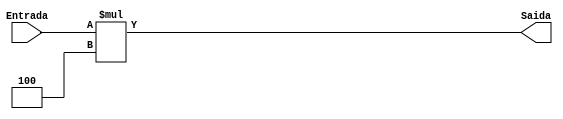
module deslocaSinal(Entrada, Saida);

input [7:0]Entrada;
output reg[7:0]Saida;


always@(Entrada)
 begin
  Saida = Entrada * 4;
 end



endmodule